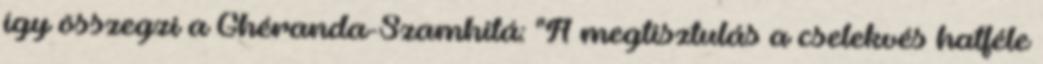
így összegzi a Ghéranda-Szamhitá: "A megtisztulás a cselekvés hatféle